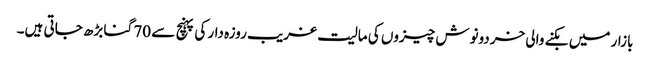
بازار میں بکنے والی خردونوش چیزوں کی مالیت غریب روزہ دار کی پہنچ سے 70 گنا بڑھ جاتی ہیں۔